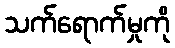
သက်ရောက်မှုကို